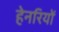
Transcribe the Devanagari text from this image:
हेनरियों